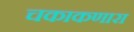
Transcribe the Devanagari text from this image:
चकाकणारा